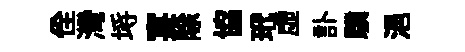
佺灣埓宴除協玳虚訃驥浥